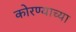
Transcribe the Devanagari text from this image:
कोरण्याच्या